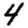
Digit: 4